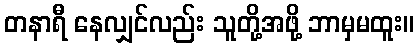
တနာရီ နေလျှင်လည်း သူတို့အဖို့ ဘာမှမထူး။